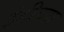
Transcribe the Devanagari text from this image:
इंडीच्या